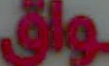
ـواق